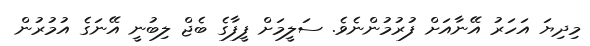
މިދިޔަ އަހަރު އޭނާއަށް ފުރުމުންނެވެ. ސަލީމަށް ފީފާގެ ބެޖް ލިބުނީ އޭނަގެ އުމުރުން